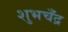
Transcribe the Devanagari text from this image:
शुभचँद्र